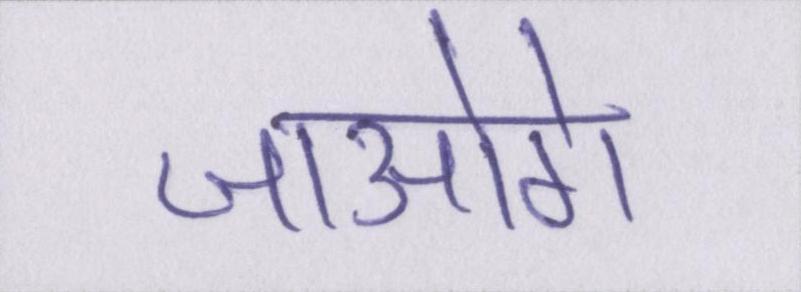
जाओगे